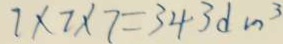
7 \times 7 \times 7 = 3 4 3 d m ^ { 3 }